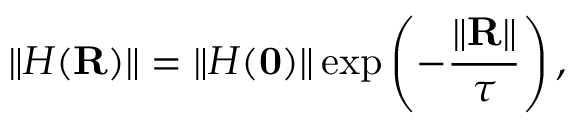
\left\Vert H ( \mathbf { R } ) \right\Vert = \left\Vert H ( \mathbf { 0 } ) \right\Vert \exp \left( - \frac { \left\Vert \mathbf { R } \right\Vert } { \tau } \right) ,